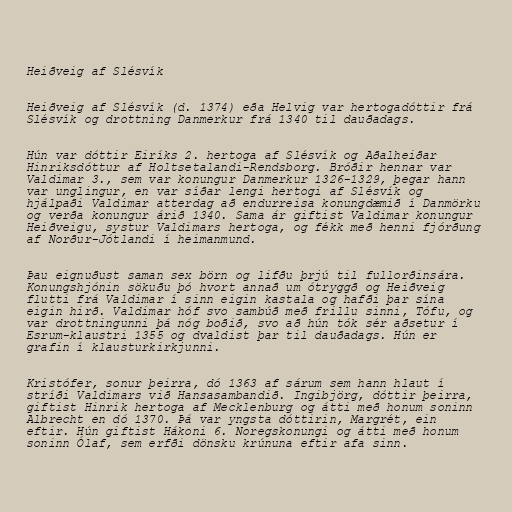
Heiðveig af Slésvík

Heiðveig af Slésvík (d. 1374) eða Helvig var hertogadóttir frá
Slésvík og drottning Danmerkur frá 1340 til dauðadags.

Hún var dóttir Eiríks 2. hertoga af Slésvík og Aðalheiðar
Hinriksdóttur af Holtsetalandi-Rendsborg. Bróðir hennar var
Valdimar 3., sem var konungur Danmerkur 1326-1329, þegar hann
var unglingur, en var síðar lengi hertogi af Slésvík og
hjálpaði Valdimar atterdag að endurreisa konungdæmið í Danmörku
og verða konungur árið 1340. Sama ár giftist Valdimar konungur
Heiðveigu, systur Valdimars hertoga, og fékk með henni fjórðung
af Norður-Jótlandi í heimanmund.

Þau eignuðust saman sex börn og lifðu þrjú til fullorðinsára.
Konungshjónin sökuðu þó hvort annað um ótryggð og Heiðveig
flutti frá Valdimar í sinn eigin kastala og hafði þar sína
eigin hirð. Valdimar hóf svo sambúð með frillu sinni, Tófu, og
var drottningunni þá nóg boðið, svo að hún tók sér aðsetur í
Esrum-klaustri 1355 og dvaldist þar til dauðadags. Hún er
grafin í klausturkirkjunni.

Kristófer, sonur þeirra, dó 1363 af sárum sem hann hlaut í
stríði Valdimars við Hansasambandið. Ingibjörg, dóttir þeirra,
giftist Hinrik hertoga af Mecklenburg og átti með honum soninn
Albrecht en dó 1370. Þá var yngsta dóttirin, Margrét, ein
eftir. Hún giftist Hákoni 6. Noregskonungi og átti með honum
soninn Ólaf, sem erfði dönsku krúnuna eftir afa sinn.